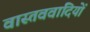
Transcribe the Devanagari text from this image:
वास्तववादियों